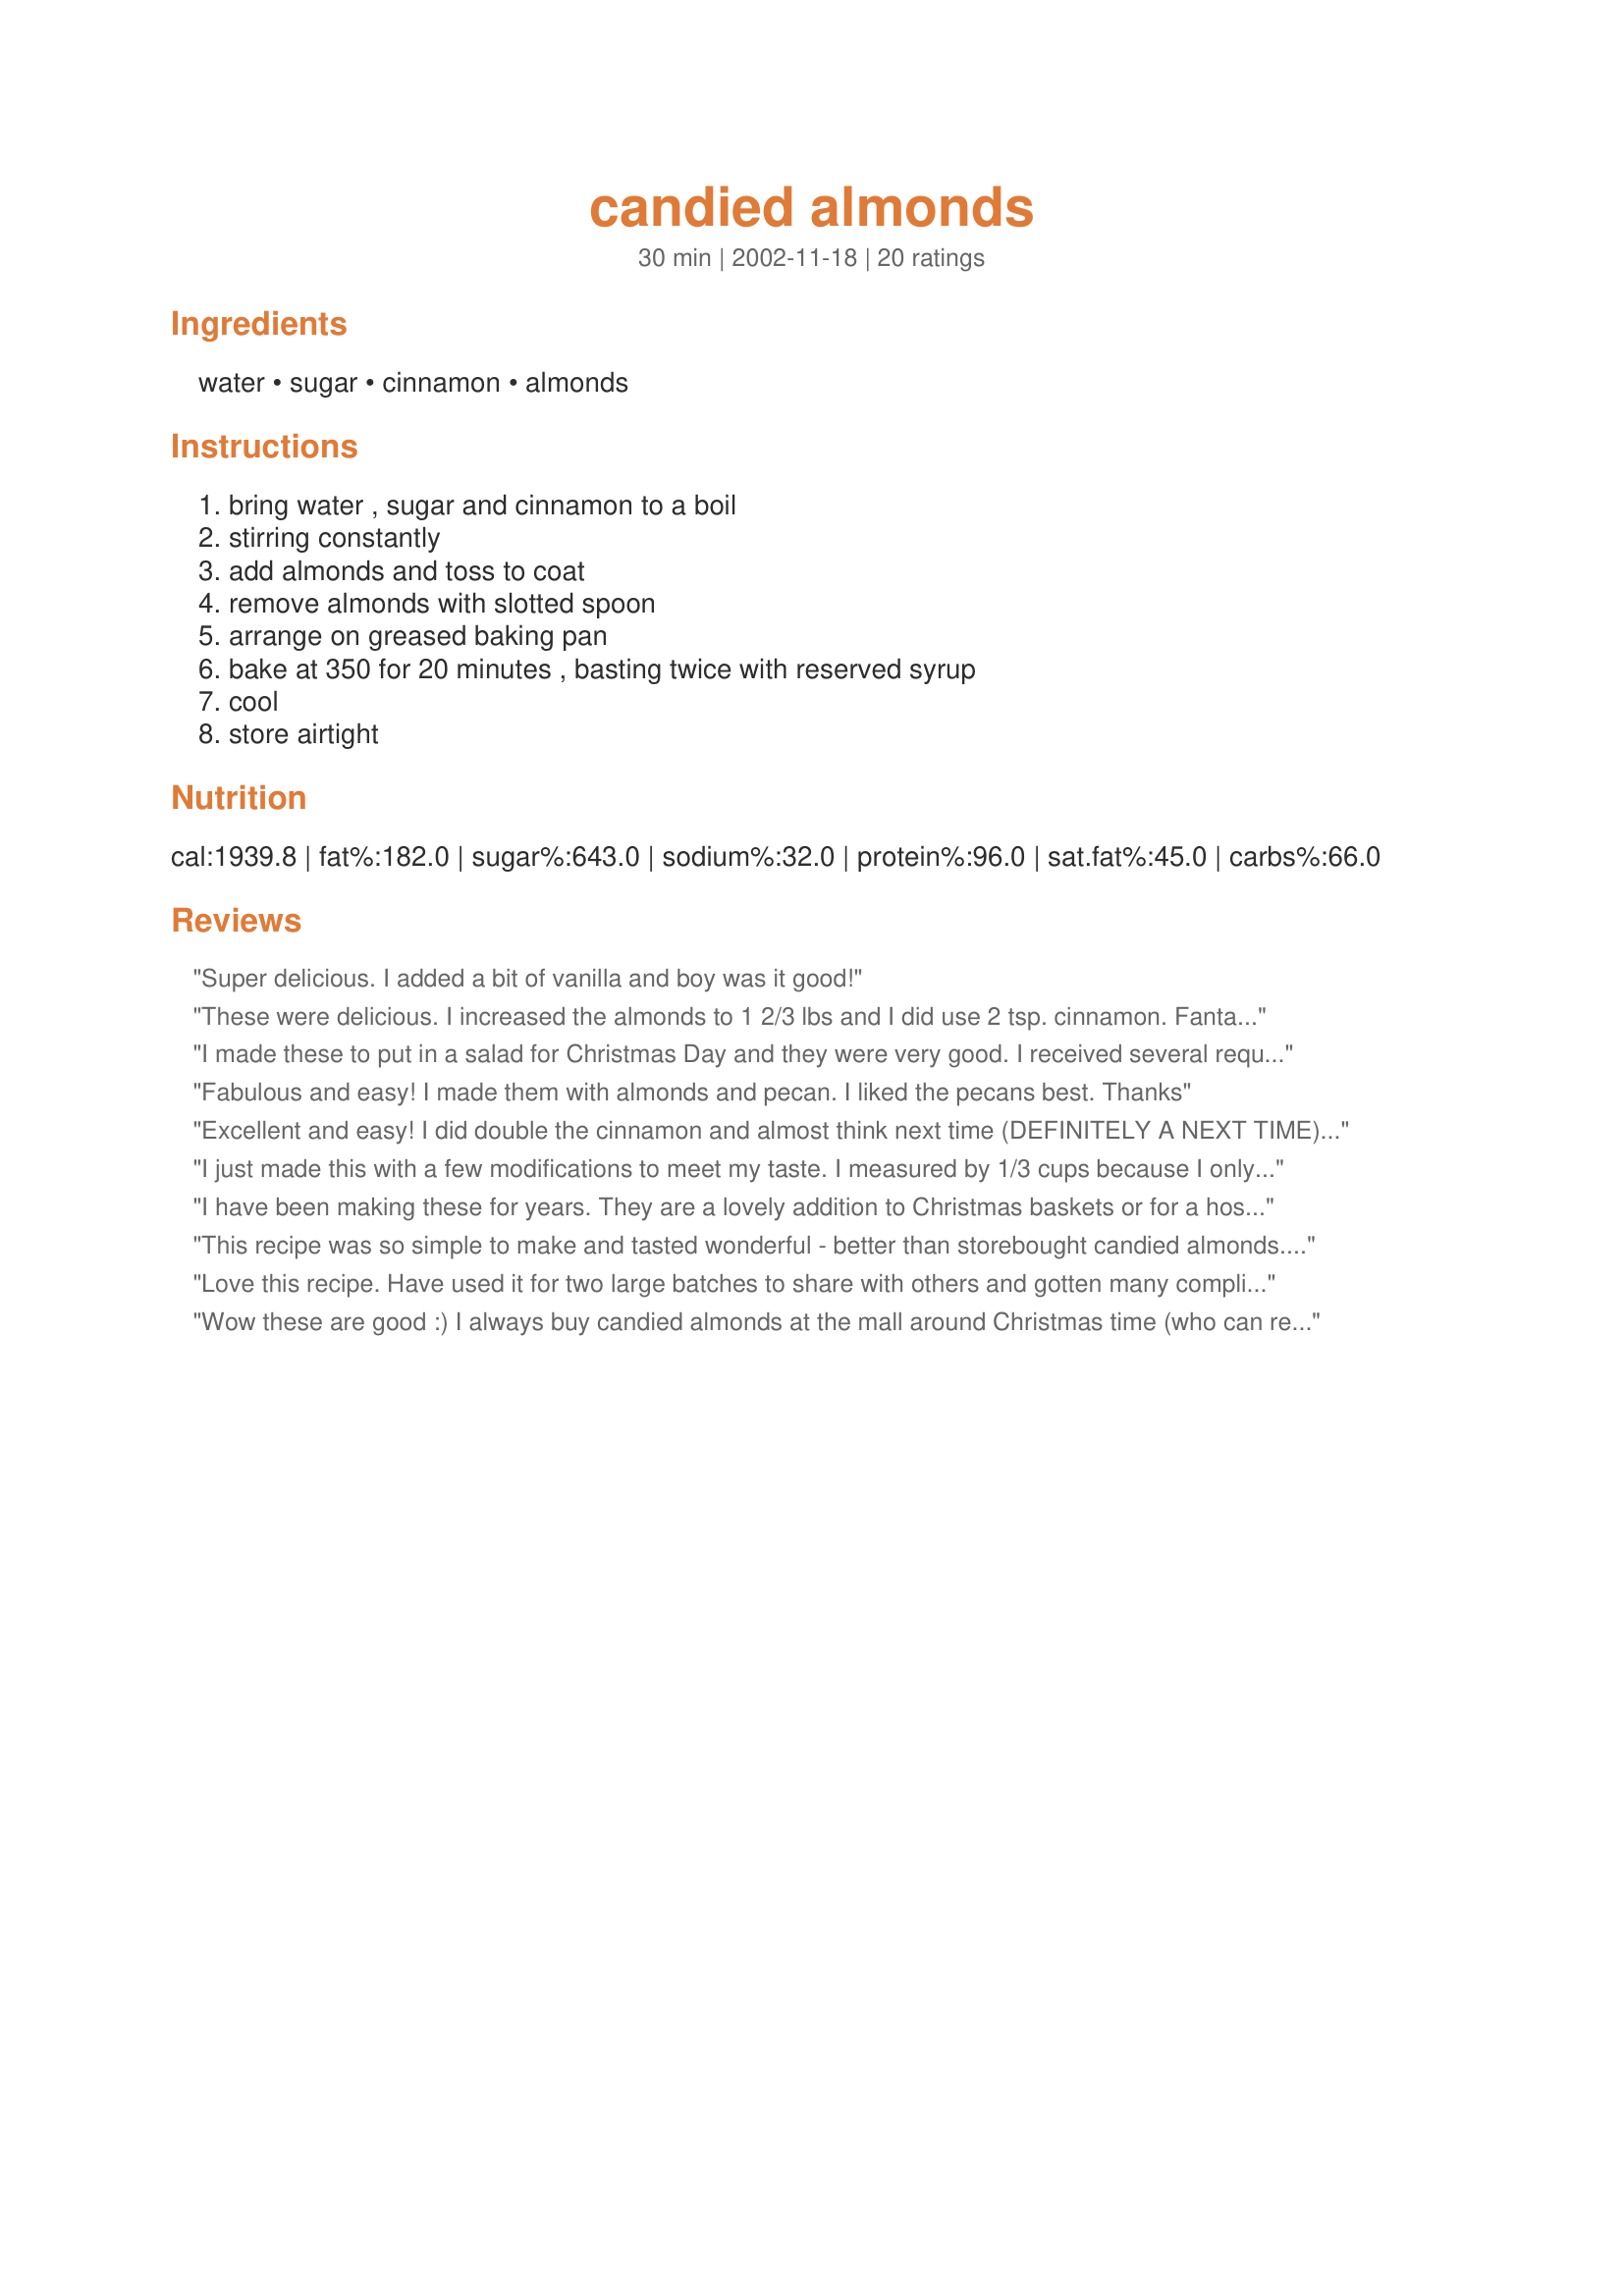
candied almonds
Preparation time: 30 minutes

Ingredients:
water, sugar, cinnamon, almonds

Steps:
bring water , sugar and cinnamon to a boil, stirring constantly, add almonds and toss to coat, remove almonds with slotted spoon, arrange on greased baking pan, bake at 350 for 20 minutes , basting twice with reserved syrup, cool, store airtight

Reviews:
Super delicious. I added a bit of vanilla and boy was it good!
These were delicious. I increased the almonds to 1 2/3 lbs and I did use 2 tsp. cinnamon. Fantastic!
I made these to put in a salad for Christmas Day and they were very good. I received several requests for the recipe. My husband and I couldn't stop eating them!! Very good.
Fabulous and easy! I made them with almonds and pecan. I liked the pecans best. Thanks
Excellent and easy! I did double the cinnamon and almost think next time (DEFINITELY A NEXT TIME) I will quadruple it, or add some ginger. I made a lb of almonds and now they are in hiding from the rest of the people in this house. They seem to think they can graze freely on my yummy treat! So good, I&#039;m not in the mood to share!
I just made this with a few modifications to meet my taste. I measured by 1/3 cups because I only had about a cup of nuts. I added 2/3 cup sugar and 1/3 cup brown sugar to 1/3 cup water and added 1 tbs salted butter. When they came out of the oven I lightly salted them while they were still sticky as I enjoy salty-sweet things. Thanks for helping me make something delicious!
I have been making these for years. They are a lovely addition to Christmas baskets or for a hostess gift. One hint that makes cleanup so much easier...use parchment paper to line the baking pan.
This recipe was so simple to make and tasted wonderful - better than storebought candied almonds. Have been asked several times for the recipe now. I added closer to 3 teaspoons of cinnamon when I made them and they tasted great.
Love this recipe. Have used it for two large batches to share with others and gotten many compliments. Only addition is a bit of salt when I take it out of the oven and before it cools.
Wow these are good :) I always buy candied almonds at the mall around Christmas time (who can resist that heavenly smell?!) But now I can have them year round thanks to this awesome recipe!! There goes my diet :)
These are deadly, can't keep my hands off them!! They did take a little longer than 20 minutes to get good and crisp.
I made these for Christmas baskets and got raves about them.
I increased the cinnamon to 2tsps as well...they aren't finished cooking yet but I can tell they are going to be delicious!!! Yummy can't wait!
Easy, pretty and delicious. Used them in Breakfast Fruit Salad recipe #106336.
This is AMAZING! Thanks for posting!
Amazing!!!!!
I have made these 4 times now. Everyone loves them! For small Christmas gifts in the office I am wrapping them up in little bundles and stuffing them into coffee mugs.
I followed every step exactly but mine turned out sticky after cooling. Not sure what I did wrong, perhaps too much sauce while basting? None of the other reviewers had this problem so I'm sure it's me....They taste good though! Update - several hours later - the almonds are perfect - it just took some time for them to harden!
These were so good! Thanks for posting!
So good! Going to use them in my raspberry and chicken salad.
